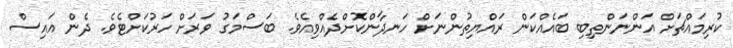
ކުރިމައްޗަށް އަންނަންތިބި ބައެއްކަން ރައްޔިތުންނަށް ހަނދާންކޮށްދެއްވިއެވެ. ބަސްމަގު ވަރަށް ހަރުކަށްޓެވެ. ދެން އައިސް